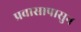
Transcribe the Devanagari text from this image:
प्रवासापासुन